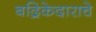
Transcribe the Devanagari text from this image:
बद्रिकेदाराचे